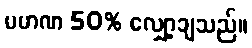
ပမာဏ 50% လျှော့ချသည်။